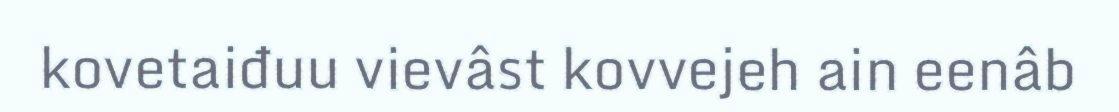
kovetaiđuu vievâst kovvejeh ain eenâb